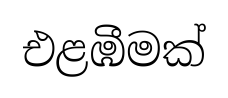
එළඹීමක්